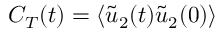
C _ { T } ( t ) = \langle \tilde { u } _ { 2 } ( t ) \tilde { u } _ { 2 } ( 0 ) \rangle